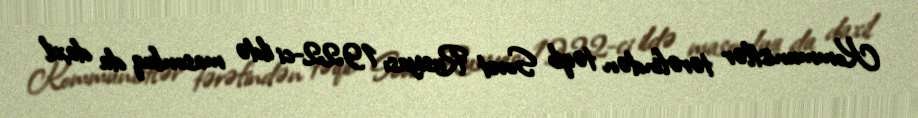
Kommunistlər tərəfindən təqib Sovet Rusiyası 1922-ci ildə masonluq da daxil